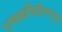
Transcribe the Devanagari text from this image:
रावळपिंडीपासून